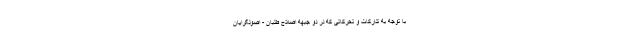
با توجه به تدارکات و تحرکاتی که در دو جبهه اصلاح طلبان - اصولگرایان